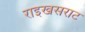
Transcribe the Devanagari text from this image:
राइखसराट